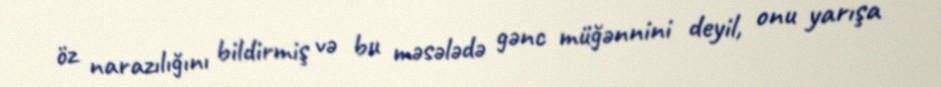
öz narazılığını bildirmiş və bu məsələdə gənc müğənnini deyil, onu yarışa